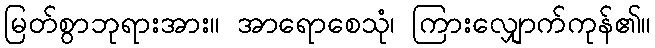
မြတ်စွာဘုရားအား။ အာရောစေသုံ၊ ကြားလျှောက်ကုန်၏။